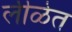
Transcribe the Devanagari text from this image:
लीळेत